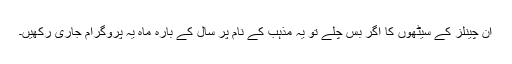
ان چینلز کے سیٹھوں کا اگر بس چلے تو یہ مذہب کے نام پر سال کے بارہ ماہ یہ پروگرام جاری رکھیں۔